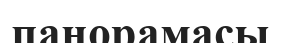
панорамасы